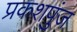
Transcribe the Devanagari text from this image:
प्रकशपुंज